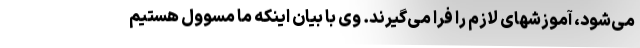
می‌شود، آموزشهای لازم را فرا می‌گیرند. وی با بیان اینکه ما مسوول هستیم